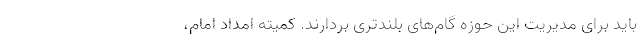
باید برای مدیریت این حوزه گام‌های بلندتری بردارند. کمیته امداد امام،